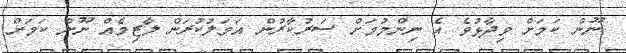
ނޫން ކަމަށް ވިދާޅުވެ އެ ނިންމުމަށް ސަރުކާރުން އަމަލުކުރަން ލާޒިމެއް ނޫން ކަމަށް